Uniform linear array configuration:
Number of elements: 32
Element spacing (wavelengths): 1
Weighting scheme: binomial
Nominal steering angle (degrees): -15
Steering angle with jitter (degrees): -16.513
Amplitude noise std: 0.05
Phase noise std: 0.05

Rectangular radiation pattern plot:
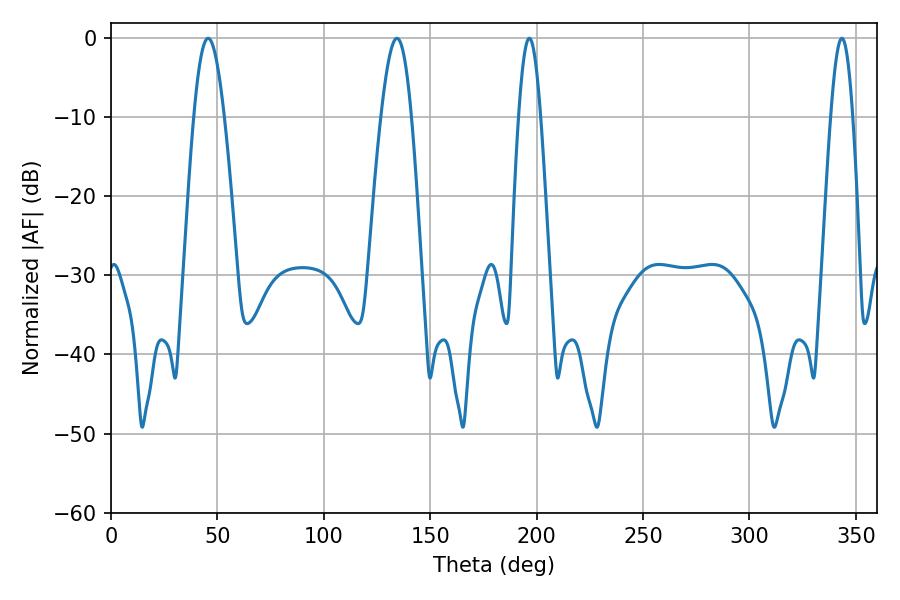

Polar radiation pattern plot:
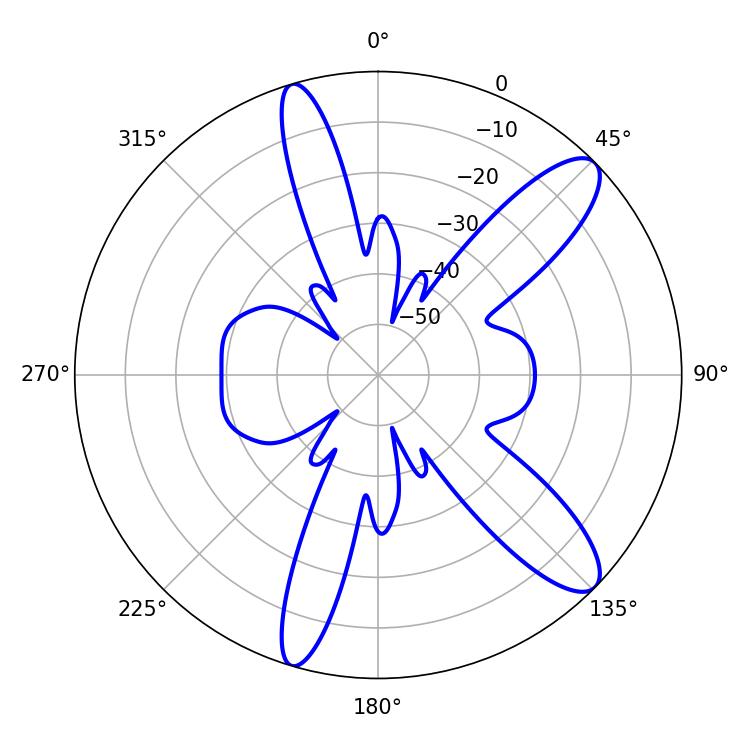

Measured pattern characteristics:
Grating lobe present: TRUE
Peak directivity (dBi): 11.277
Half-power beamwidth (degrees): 5.58
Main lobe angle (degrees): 196.56